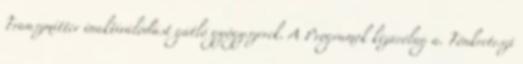
Transzmitter inaktiválódást gátló gyógyszerek. A Programok kizárólag a. Tönkreteszi